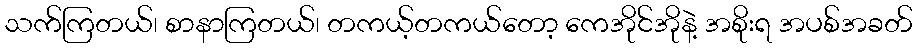
သက်ကြတယ်၊ စာနာကြတယ်၊ တကယ့်တကယ်တော့ ကေအိုင်အိုနဲ့ အစိုးရ အပစ်အခတ်